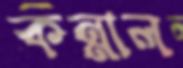
কন্নাল